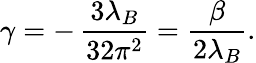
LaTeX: \gamma=-\, {\frac{3\lambda_{B}}{32\pi^{2}}}={\frac{\beta}{2\lambda_{B}}}.